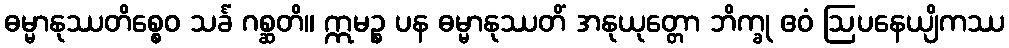
ဓမ္မာနုဿတိစ္စေဝ သင်္ခံ ဂစ္ဆတိ။ ဣမဉ္စ ပန ဓမ္မာနုဿတိံ အနုယုတ္တော ဘိက္ခု ဧဝံ ဩပနေယျိကဿ